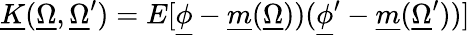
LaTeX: \underline{{K}}(\underline{{\Omega}},\underline{{\Omega}}^{\prime})=E[\underline{{\phi}}-\underline{{m}}(\underline{{\Omega}}))(\underline{{\phi}}^{\prime}-\underline{{m}}(\underline{{\Omega}}^{\prime}))]